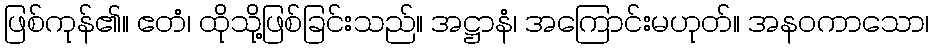
ဖြစ်ကုန်၏။ ဧတံ၊ ထိုသို့ဖြစ်ခြင်းသည်။ အဋ္ဌာနံ၊ အကြောင်းမဟုတ်။ အနဝကာသော၊